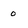
Character: o